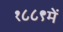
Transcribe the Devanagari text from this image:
१८८९में